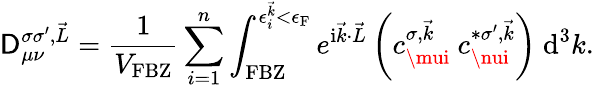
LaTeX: \mathsf{D}_{\mu\nu}^{\sigma\sigma^{\prime},\vec{{L}}}=\frac{{1}}{{V_{\textrm{{FBZ}}}}}\sum_{i=1}^{n}\int_{\textrm{{FBZ}}}^{\epsilon_{i}^{\vec{{k}}}<\epsilon_{\textrm{{F}}}}e^{\mathrm{{i}}\vec{{k}}\cdot\vec{{L}}}\left(c_{\mui}^{\sigma,\vec{{k}}}~c_{\nui}^{*\sigma^{\prime},\vec{{k}}}\right)~\textrm{{d}}^{3}k.